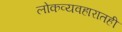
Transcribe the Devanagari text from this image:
लोकव्यवहारातही